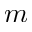
m